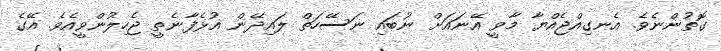
ގޮތުންނެވެ. އެނގިއްޖެއްޔާ މާވީ އޭނައަށް ނުބައި ނަސޭހަތް ލައިދޭން އުޅެފާނެތީ ޖެހިލުންވީއެވެ. އޭގެ